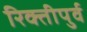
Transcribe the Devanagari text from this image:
रिक्तीपुर्व